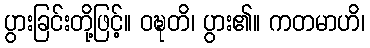
ပွားခြင်းတို့ဖြင့်။ ဝဍ္ဎတိ၊ ပွား၏။ ကတမာဟိ၊